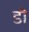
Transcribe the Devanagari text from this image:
डॊ